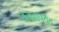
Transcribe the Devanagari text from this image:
वजनापर्यंत